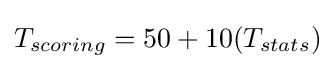
T_{scoring}=50+10(T_{stats})